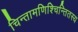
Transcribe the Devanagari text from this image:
चिन्तामणिश्चिन्तितस्य